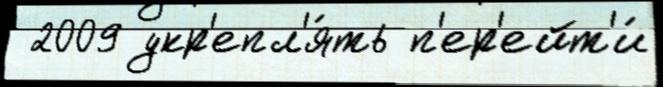
 2009 укр'епл'я́ть п'ер'ейт'и́